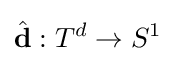
{\hat {\mathbf {d} }}:T^{d}\to S^{1}